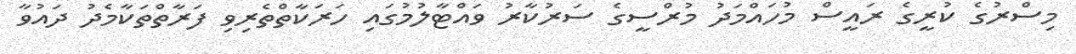
މިސްރުގެ ކުރީގެ ރައީސް މުހައްމަދު މުރްސީގެ ސަރުކާރު ވައްޓާލުމުގައި ހަރަކާތްތެރިވި ފަރާތްތަކާމެދު ދައުވާ